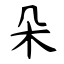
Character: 朵